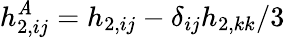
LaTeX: h_{2,ij}^{\mathit{A}}=h_{2,ij}-\delta_{ij}h_{2,kk}/3